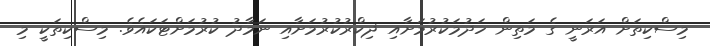
މިސްކިތަށް އަރަނީ ގެ މަތިން ހަދުމަކުރުމަށާއި ޛިކްރުކުރުމަށާއި ނަމާދު ކުރުމަށްޓަކައެވެ. މިސްކިތަކީ މި